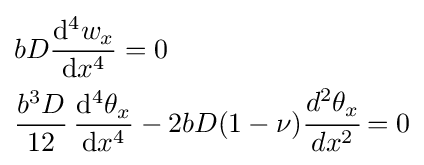
{\begin{aligned}&bD{\frac {\mathrm {d} ^{4}w_{x}}{\mathrm {d} x^{4}}}=0\\&{\frac {b^{3}D}{12}}\,{\frac {\mathrm {d} ^{4}\theta _{x}}{\mathrm {d} x^{4}}}-2bD(1-\nu ){\cfrac {d^{2}\theta _{x}}{dx^{2}}}=0\end{aligned}}